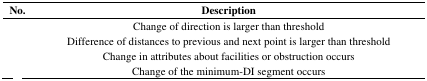
<table><thead><tr><td><b>No.</b></td><td><b>Description</b></td></tr></thead><tbody><tr><td>[EMPTY_CELL]</td><td>Change of direction is larger than threshold</td></tr><tr><td>[EMPTY_CELL]</td><td>Difference of distances to previous and next point is larger than threshold</td></tr><tr><td>[EMPTY_CELL]</td><td>Change in attributes about facilities or obstruction occurs</td></tr><tr><td>[EMPTY_CELL]</td><td>Change of the minimum-DI segment occurs</td></tr></tbody></table>